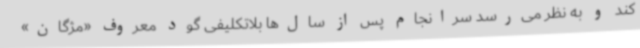
کند و به نظر می‌رسد سرانجام پس از سال‌ها بلاتکلیفی گود معروف «مژگان»